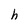
Character: h